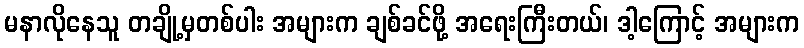
မနာလိုနေသူ တချို့မှတစ်ပါး အများက ချစ်ခင်ဖို့ အရေးကြီးတယ်၊ ဒါ့ကြောင့် အများက